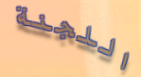
اللجنة